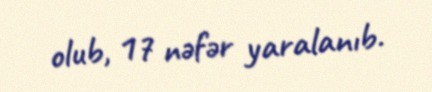
olub, 17 nəfər yaralanıb.